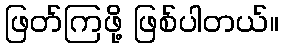
ဖြတ်ကြဖို့ ဖြစ်ပါတယ်။